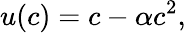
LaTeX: u(c)=c-\alpha c^{2},